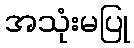
အသုံးမပြု